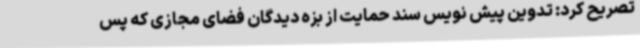
تصریح کرد: تدوین پیش نویس سند حمایت از بزه دیدگان فضای مجازی که پس